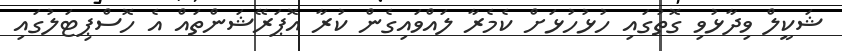
ޝަކީލް ވިދާޅުވި ގޮތުގައި ހުޅުހުޅަށް ކެމެރާ ލައްވައިގެން ކުރާ އޮޕަރޭޝަންތައް އެ ހޮސްޕިޓަލުގައި